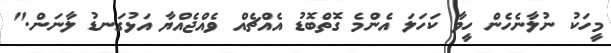
މީހަކު ނުލާނެހެން ހީވާ ކަހަލަ އެންމެ ގޮތްބޮޑު އެއްޗެއް ވެއްޖެއްޔާ އަޅުގަނޑު ލާނަން."